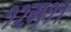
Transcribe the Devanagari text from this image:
१२ग११